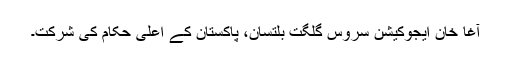
آغا خان ایجوکیشن سروس گلگت بلتسان، پاکستان کے اعلی ٰحکام کی شرکت۔